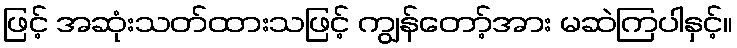
ဖြင့် အဆုံးသတ်ထားသဖြင့် ကျွန်တော့်အား မဆဲကြပါနှင့်။